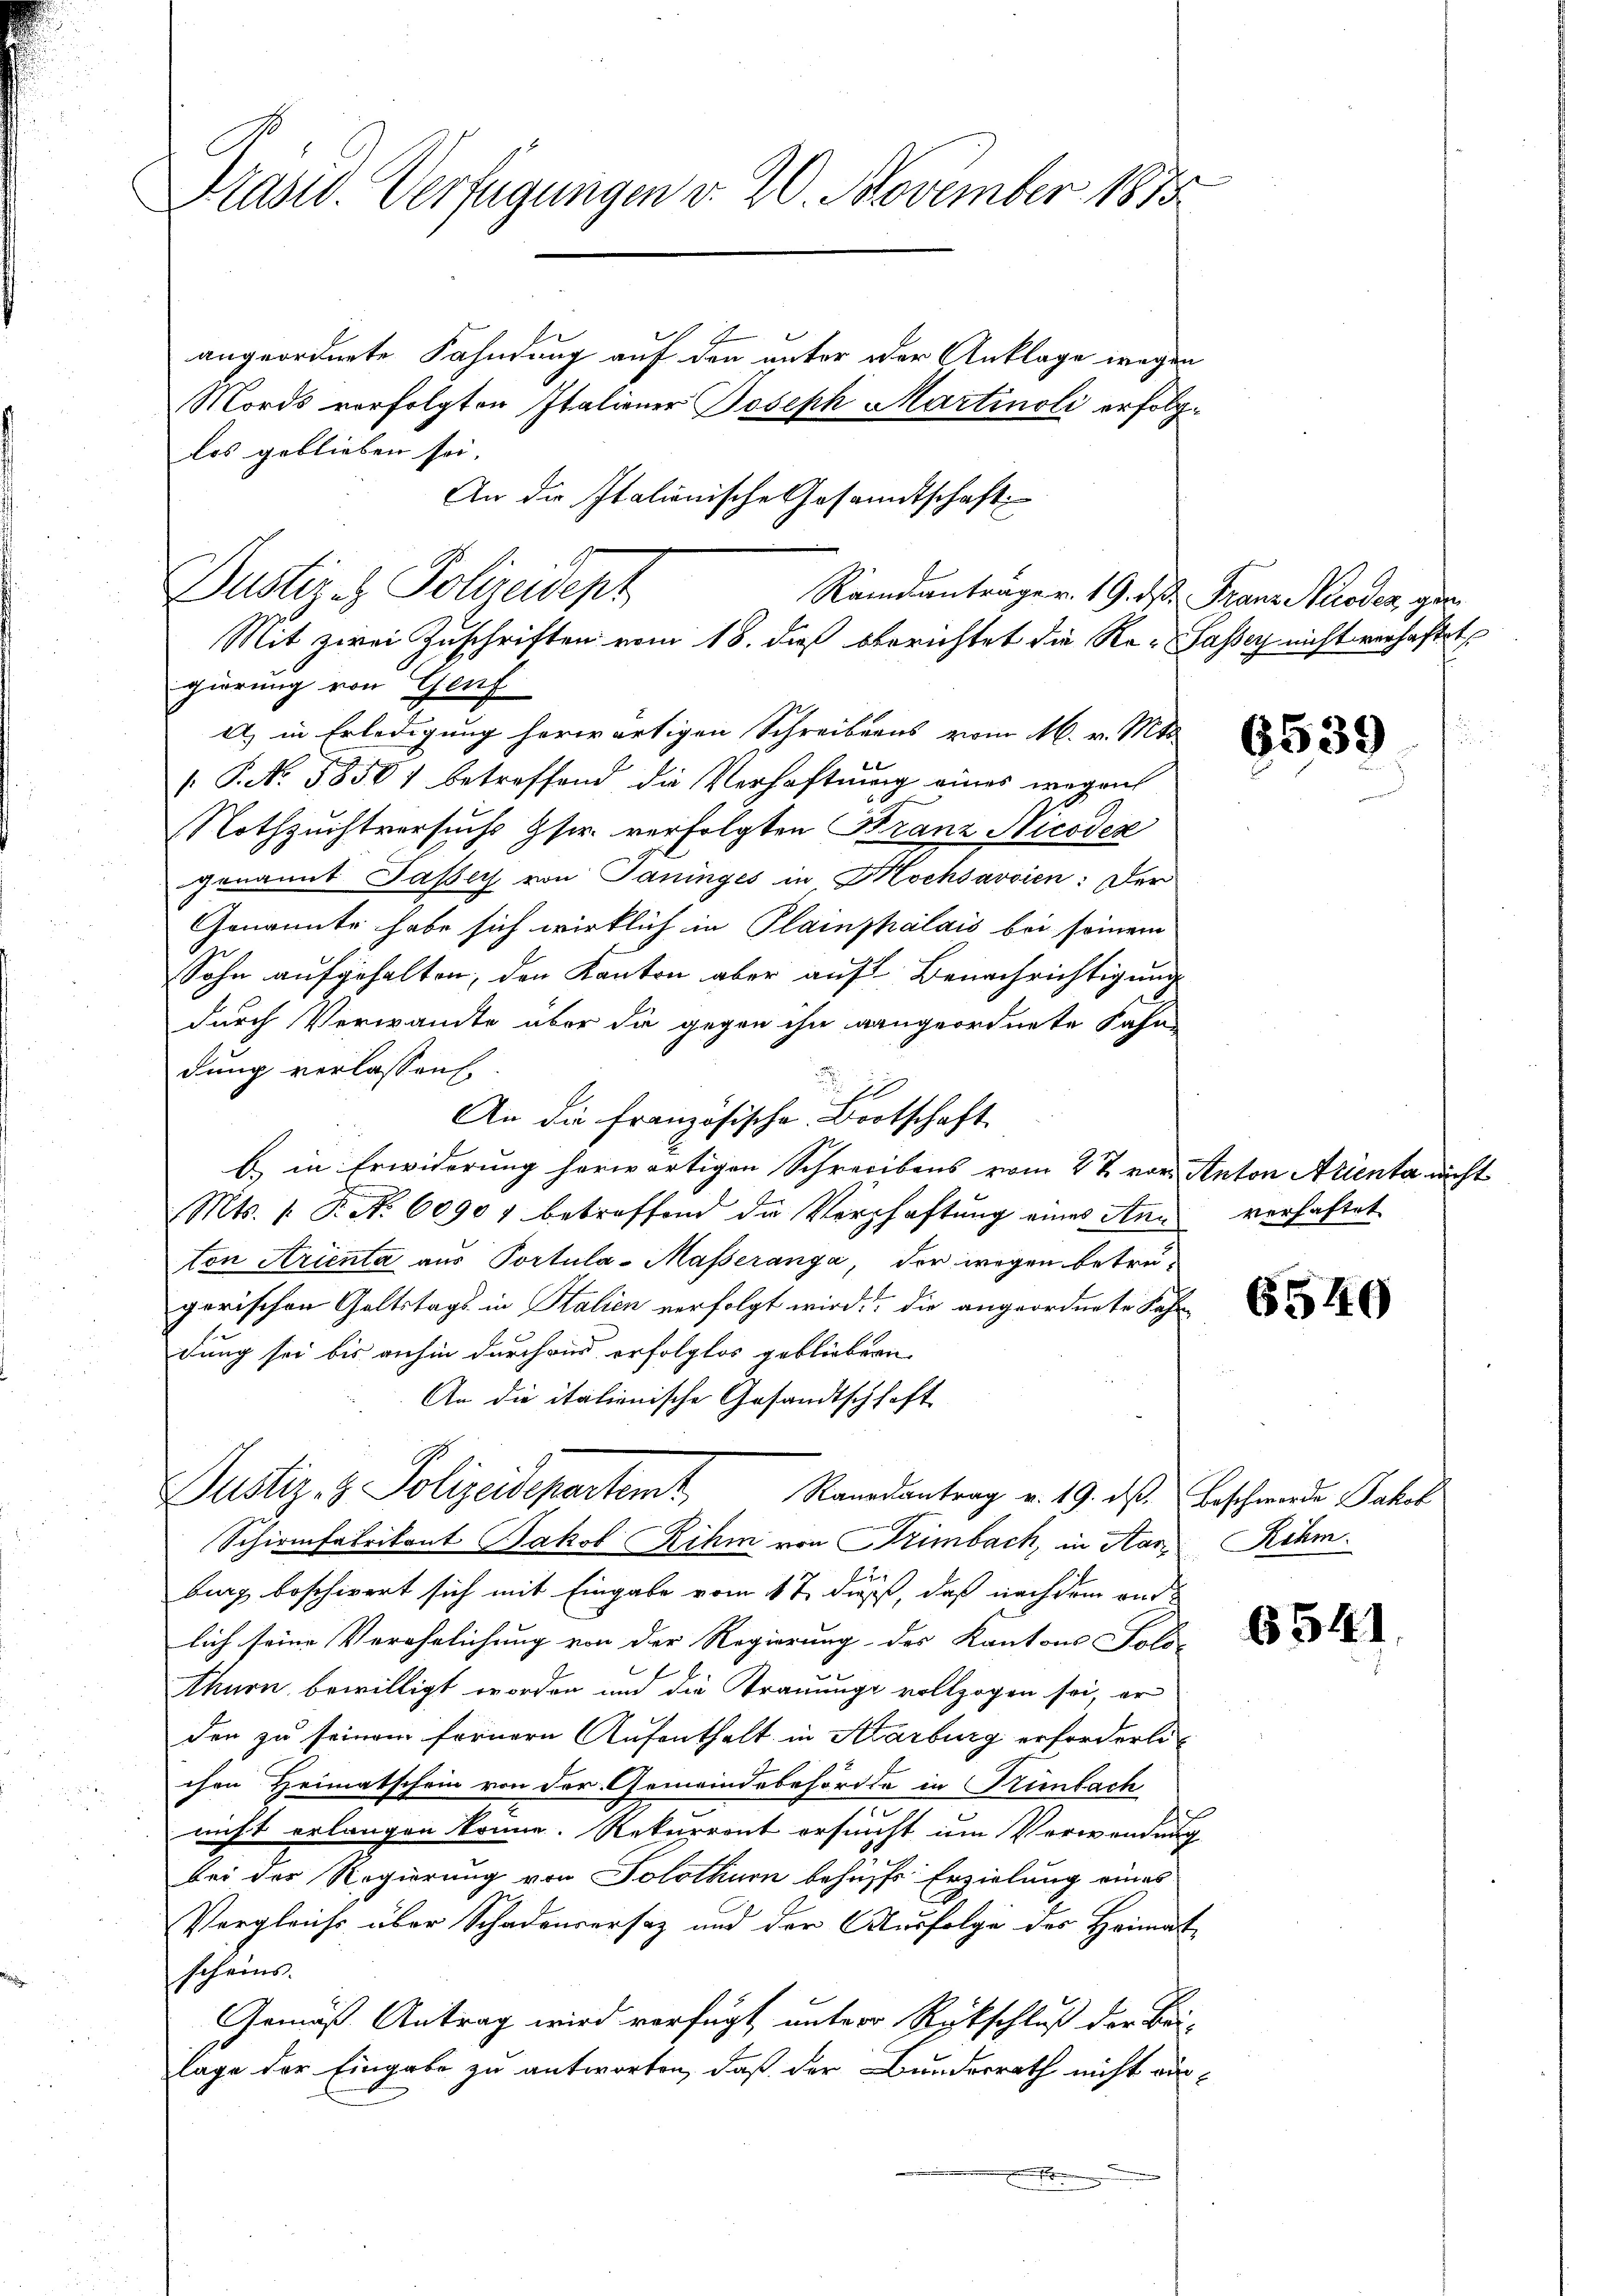
Krast. Verfügungen v. 20. November 1873
angeordnete Fahndung auf den unter oder Anklage wegen
Mords vorfolgten Italiener Joseph Martinoli erfolglos geblieben sei.
An die Italiänische Gesandtschaft

gierung von Genf
a) in Erledigung herwärtigen Schreibens vom 16. v. Mts.
". P. No. 58501 betreffend die Verhaftung eines wegen
Nothzuchtversuchs Gsr. verfolgten Kranz Nicodex
genannt Passer von Paninges in Hochsavoien: Der
Genannte habe sich wirklich in Plainphalais bei seinem
Sohn aufgehalten, den Kanton aber auf Benachrichtigung
durch Verwandte aber die gegen ihn gangeordnete Fahn
dung verlassen.
An die französische Bootschaft
b) in Erwiderung herwärtigen Schrecibens vom 27. vor. Anton Arienta nicht
Mts. 1. P. No 60907 betreffend die Verschaftung eines Ann verhaftet
ton Arienta aus Portula- Masseranga, der wegen betregarischen Geltstags in Stalien verfolgt wird. Die angeordnete Fahr
dung sei bis anhin durchaus erfolglos gebliebern
An die italienische Gesandtschhaft
Justiz- & Polizeidepartemt Randantrag v. 19. des Beschwerde Paterl
Schirmfabrikant Jakob Rihm von Primbach, in Hari Röhm.
12
burg beschiert sich mit Eingabe vom 17. dieß, daß nachdem and
lich seine Verehrlichung von der Regierung des Kantons Solo-
Ahnen bewilligt worden und die Trauungs vollzogen sei, er
den zu seinem fernern Aufenthalt in Aarburg erforderte
chen Heimatschein von der Gemeindebehörde in Krünbach
nicht erlangen könne. Rekurrent ersucht um Verwendung
bei der Regierung von Solothurn behufs Erzielung eines
Vergleichs über Schadenversaz und der Ausfolge des Heimat
scheins.
Gemäß Antrag wird verfügt, unter Rückschluß der Bei-
lage der Eingabe zu antworten, daß der Bundesrath nicht auss

Dustiz & Polizeidept

Randanträger. 19. ds. Franz Moder gen
Mit zwei Zuschriften vom 18. dieß berichtet die Re- Sassey nicht verhaftet

6539

6540

6541